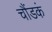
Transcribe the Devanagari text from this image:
चौंडकं